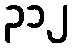
၃၁၂